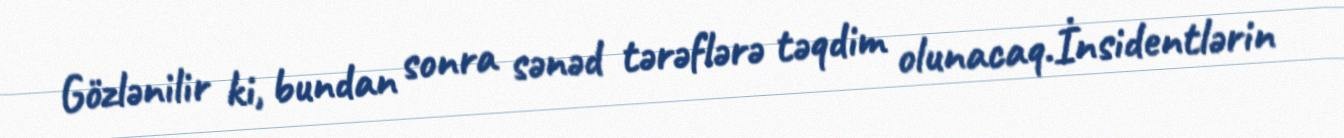
Gözlənilir ki, bundan sonra sənəd tərəflərə təqdim olunacaq.İnsidentlərin